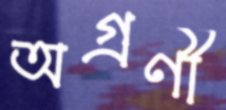
অগ্রণী